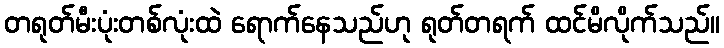
တရုတ်မီးပုံးတစ်လုံးထဲ ရောက်နေသည်ဟု ရုတ်တရက် ထင်မိလိုက်သည်။